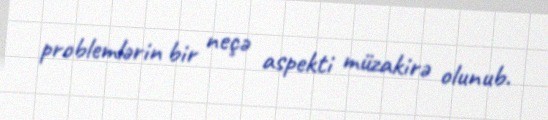
problemlərin bir neçə aspekti müzakirə olunub.